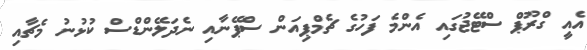
އެއީ ގްރޫޕް ސްޓޭޖުގައި އެންމެ ފަހުގެ ޗެމްޕިއަން ސްޕޭނާއި ނެދަލޭންޑްސް ކުޅުނު މެޗާއި